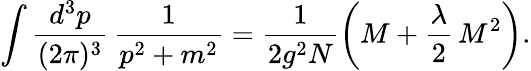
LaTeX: \int\frac{d^{3}p}{(2\pi)^{3}}\, \frac{1}{p^{2}+m^{2}}=\frac{1}{2g^{2}N}\left(M+\frac{\lambda}{2}\, M^{2}\right).